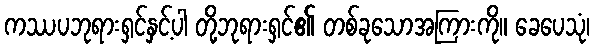
ကဿပဘုရားရှင်နှင့်ပါ တို့ဘုရားရှင်၏ တစ်ခုသောအကြားကို။ ခေပေသုံ၊